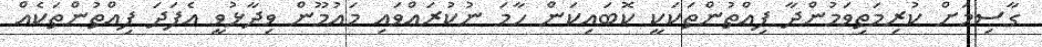
ގާސިމަށް ކުރިމަތިވަމުންދާ ފިއްތުންތަކަކީ ކޮބައިކަން ހާމަ ނުކުރައްވައި މައުމޫން ވިދާޅުވީ އެފަދަ ފިއްތުންތަކެއް